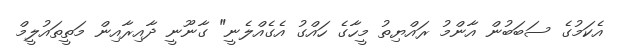
އެކަމުގެ ސަބަބުން އާންމު ރައްޔިތު މީހާގެ ހައްގު އެގެއްލެނީ" ގާނޫނީ ދާއިރާއިން މަތީތައުލީމް